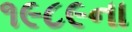
૧૯૮૯ના